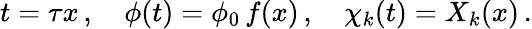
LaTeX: t=\tau x\, ,\quad\phi(t)=\phi_{0}\, f(x)\, ,\quad\chi_{k}(t)=X_{k}(x)\, .